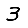
Digit: 3